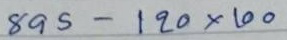
895 - 120x100